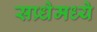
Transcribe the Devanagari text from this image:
सप्र्धेमध्ये